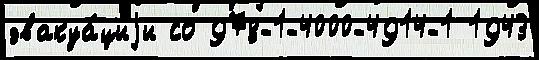
эвакуа́циjи со 978-1-4000-4914-1 1943